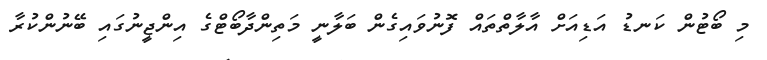
މި ބޯޓުން ކަނޑު އަޑިއަށް އާލާތްތައް ފޮނުވައިގެން ބަލާނީ މަތިންދާބޯޓްގެ އިންޖީނުގައި ބޭނުންކުރާ